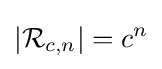
|{\mathcal {R}}_{c,n}|=c^{n}